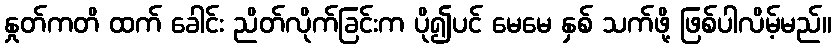
နှုတ်ကတိ ထက် ခေါင်း ညိတ်လိုက်ခြင်းက ပို၍ပင် မေမေ နှစ် သက်ဖို့ ဖြစ်ပါလိမ့်မည်။